Lunatic asylums Punjab 1881-1894 - 1881-1894
Year: 1881
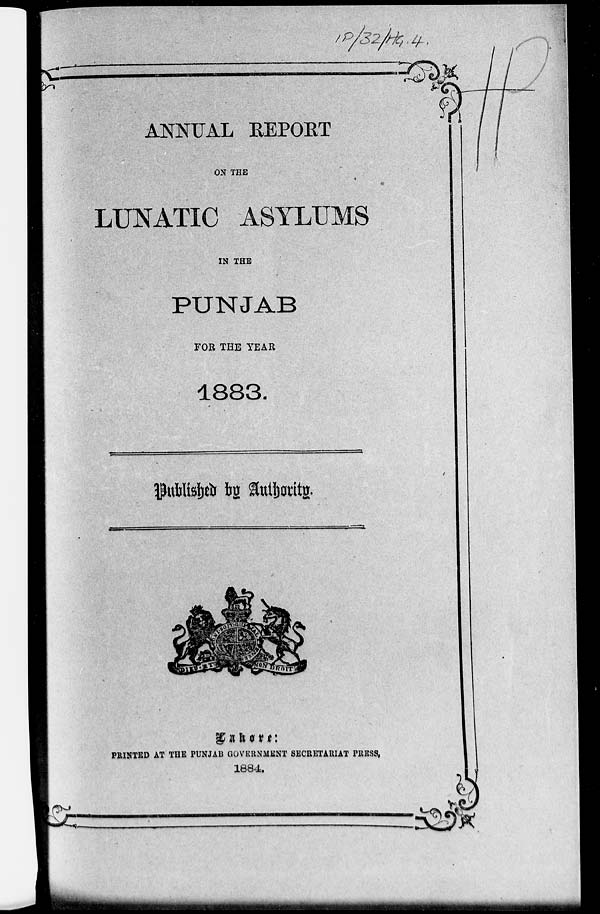
ANNUAL
REPORT
ON THE
LUNATIC ASYLUMS
IN THE
PUNJAB
FOR THE YEAR
1883.
Published by Authority.
Lahore:
PRINTED AT THE PUNJAB GOVERNMENT SECRETARIAT PRESS,
1884.